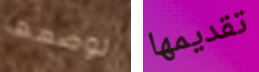
لوضعها تقديمها